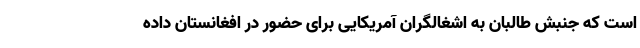
است که جنبش طالبان به اشغالگران آمریکایی برای حضور در افغانستان داده